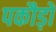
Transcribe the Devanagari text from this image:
पकौड़ों